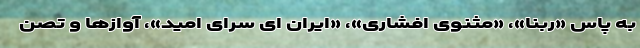
به پاس «ربنا»، «مثنوی افشاری»، «ایران ای سرای امید»، آوازها و تصن